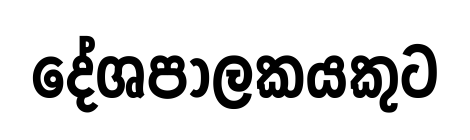
දේශපාලකයකුට